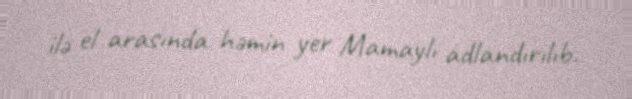
ilə el arasında həmin yer Mamaylı adlandırılıb.